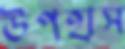
উপহাস